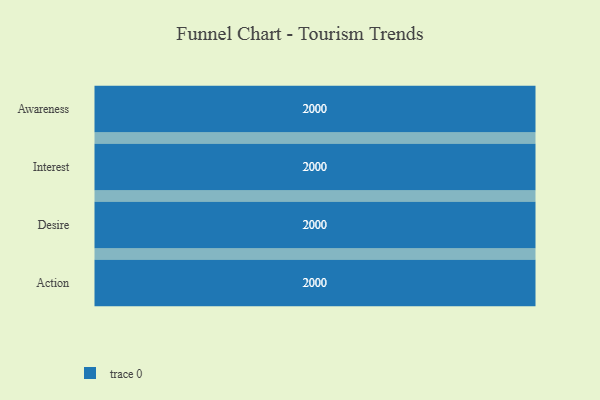
{"axis": {"x": "Stage", "y": "Value"}, "legend": [""], "data": [{"x": "Awareness", "y": 2000, "type": ""}, {"x": "Interest", "y": 2000, "type": ""}, {"x": "Desire", "y": 2000, "type": ""}, {"x": "Action", "y": 2000, "type": ""}]}